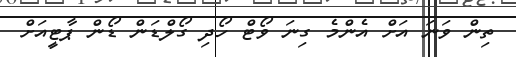
ތިން ވަނަ އަށް އެންމެ ގިނަ ވޯޓް ހޯދި ގޯލްޑަން ޑޯން ޕާޓީއަށް